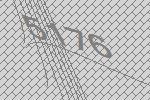
5176